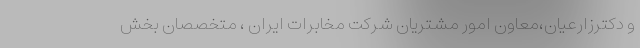
و دکترزارعیان،معاون امور مشتریان شرکت مخابرات ایران ، متخصصان بخش